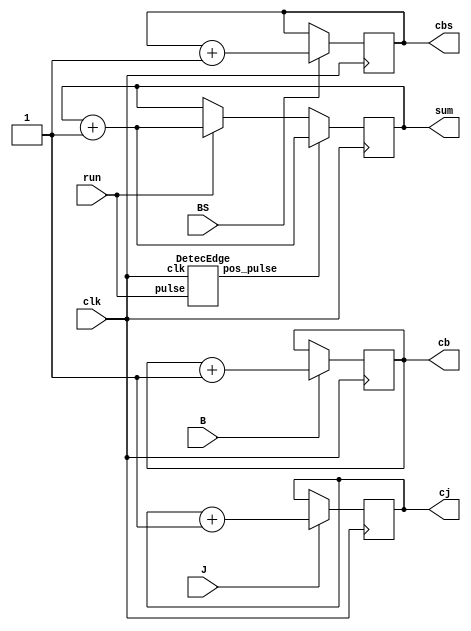
`timescale 1ns / 1ps
//////////////////////////////////////////////////////////////////////////////////
// Company: 
// Engineer: 
// 
// Design Name: 
// Module Name: circle_count
// Project Name: 
// Target Devices: 
// Tool Versions: 
// Description: 
// 
// Dependencies: 
// 
// Revision:
// Revision 0.01 - File Created
// Additional Comments:
// 
//////////////////////////////////////////////////////////////////////////////////


module circle_count(clk, run, J, B, BS, sum, cj, cb, cbs);
input clk, run, J, B, BS;
output reg [15:0]sum, cj, cb, cbs;

wire run_edge;

DetecEdge d1(clk,run,run_edge);

initial begin
	sum<=0;
	cj<=0;
	cb<=0;
	cbs<=0;
end
always @(posedge clk) begin
	if(run==1) begin
		sum <= sum+1;
	end
	if(run_edge==1) sum<=sum+1;
	if(J==1) cj <= cj + 1;
	if(B==1) cb <= cb + 1;
	if(BS==1) cbs <= cbs + 1;
end
endmodule

module DetecEdge(clk,pulse,pos_pulse);
input clk,pulse;
output pos_pulse;      
reg pulse1,pulse2,pulse3;
always @(posedge clk)
begin
  pulse1 <= pulse;
  pulse2 <= pulse1;
  pulse3 <= pulse2;
end
assign pos_pulse = (pulse3)&(~pulse2);
endmodule